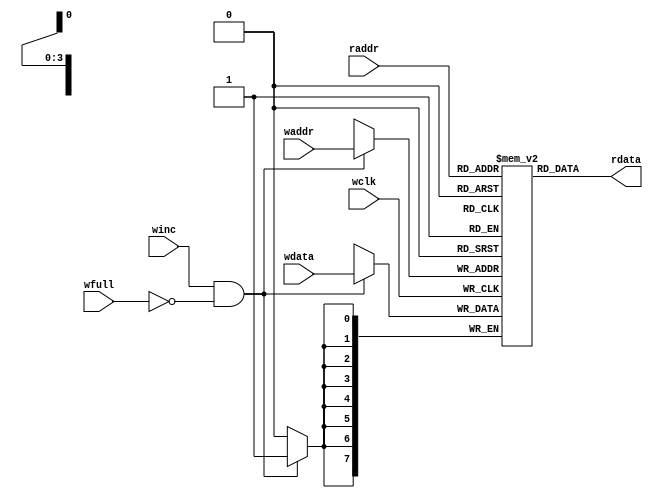
module fifomem #(
    parameter DATASIZE = 8, // Memory data word width
    parameter ADDRSIZE = 4) // Number of mem address bits
   (
    input winc, wfull, wclk,
    input [ADDRSIZE-1:0] waddr, raddr,
    input [DATASIZE-1:0] wdata,
    output [DATASIZE-1:0] rdata);

    localparam DEPTH = 1<<ADDRSIZE;
    
    // memory declaration  
    reg [DATASIZE-1:0] mem [0:DEPTH-1];
    
    // Reading data from memory
    assign rdata = mem[raddr];

    // Writing data into memory on rising edge of wclk
    always @(posedge wclk)
    begin
        if (winc && !wfull)
          mem[waddr] <= wdata;
    end    
endmodule